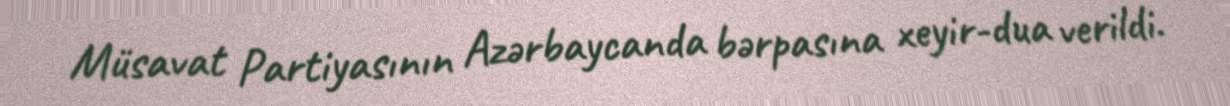
Müsavat Partiyasının Azərbaycanda bərpasına xeyir-dua verildi.